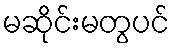
မဆိုင်းမတွပင်